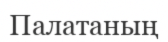
Палатаның